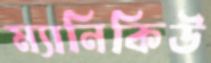
ম্যানিকিউ